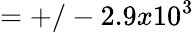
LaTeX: =+/-2.9x10^{3}